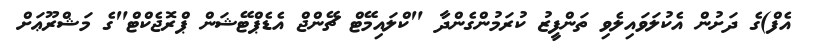
އެފް)ގެ ދަށުން އެކުލަވައިލެވި ތަންފީޒު ކުރަމުންގެންދާ "ކްލައިމޭޓް ޗޭންޖް އެޑެޕްޓޭޝަން ޕްރޮޖެކްޓް"ގެ މަޝްރޫޢަށް